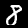
Digit: 8